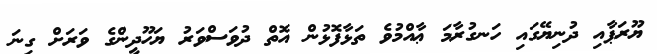
ޔޫރަޕާއި ދުނިޔޭގައި ހަނގުރާމަ ޢާއްމުވެ ތަޅާފޮޅުން އޮތް ދުވަސްވަރު ޔަހޫދީންގެ ވަރަށް ގިނަ